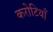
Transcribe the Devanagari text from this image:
करोटियाँ